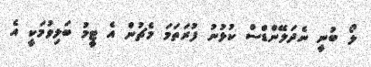
ލޯ ބުނީ ނެދަލޭންޑްސް ކުޅުނު ފުރަތަމަ މެޗުން އެ ޓީމު ބަލިވުމަކީ އެ